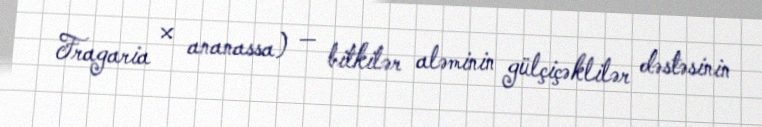
Fragaria × ananassa) — bitkilər aləminin gülçiçəklilər dəstəsinin